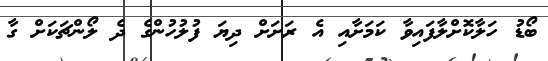
ބޯޑު ހަލާކޮށްލާފައިވާ ކަމަށާއި އެ ރަށަށް ދިޔަ ފުލުހުންގެ ދެ ލޯންޗަކަށް ގާ